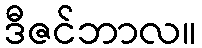
ဒီဇင်ဘာလ။